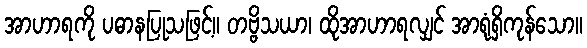
အာဟာရကို ပဓာနပြုသဖြင့်။ တဗ္ဗိသယာ၊ ထိုအာဟာရလျှင် အာရုံရှိကုန်သော။